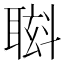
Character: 𮋸